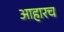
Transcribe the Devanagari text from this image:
आहारच